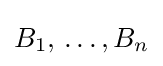
B_{1},\,\dots ,B_{n}